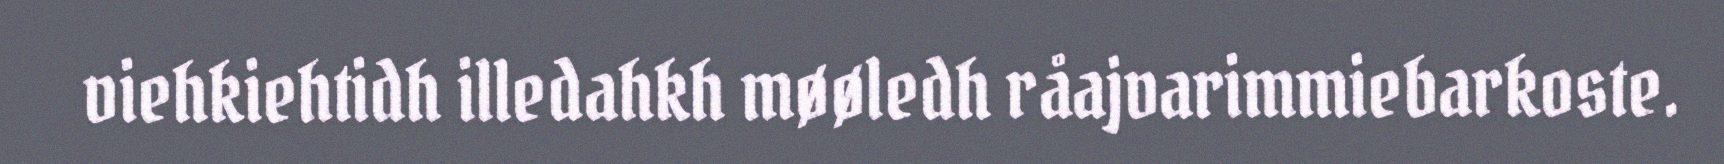
viehkiehtidh illedahkh møøledh råajvarimmiebarkoste.